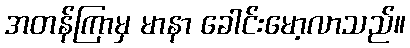
အတန်ကြာမှ မာနာ ခေါင်းမော့လာသည်။